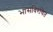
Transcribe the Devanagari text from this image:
भासविरचित